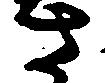
さ